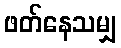
ဖတ်နေသမျှ